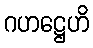
ဂဟဋ္ဌေဟိ